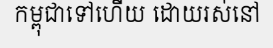
កម្ពុជាទៅហើយ ដោយរស់នៅ